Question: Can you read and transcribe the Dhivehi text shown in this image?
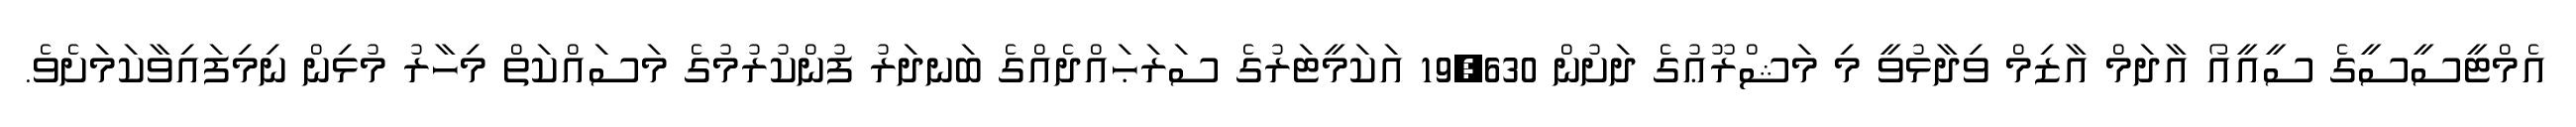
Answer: އެމްޓީސީސީގެ ސީއީއޯ އާދަމް އާޒިމް ވިދާޅުވީ މި މަޝްރޫޢުގެ ދަށުން 19,630 އަކަމީޓަރުގެ ސަރަޙައްދެއްގެ ބަނދަރު ފުންކުރުމުގެ މަސައްކަތް މިހާރު މުޅިން ނިމިފައިވާކަމަށެވެ.